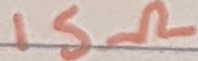
Text: 15Ω